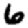
Digit: 6